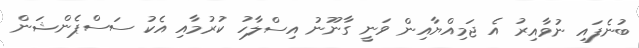
ބުނެފައި ނުވާއިރު އެ ޖަމިއްޔާއިން ވަނީ ގާނޫނު އިސްލާހު ކުރުމާއި އެކު ސަސްޕެންޝަން